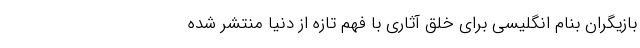
بازیگران بنام انگلیسی برای خلق آثاری با فهم تازه از دنیا منتشر شده